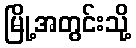
မြို့အတွင်းသို့